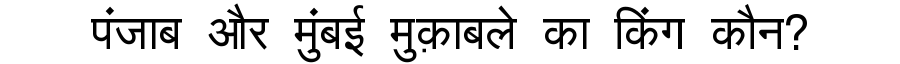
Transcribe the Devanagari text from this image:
पंजाब और मुंबई मुक़ाबले का किंग कौन?